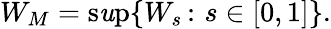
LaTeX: W_{M}=\operatorname*{s\mathit{u}p}\{ W_{s}\, \colon\, s\in[0,1]\} .